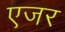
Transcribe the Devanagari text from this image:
एजर